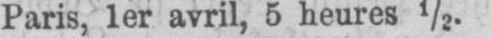
Paris, 1er avril, 5 heures ½.